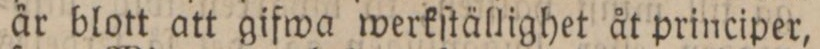
är blott att gifwa werkſtällighet åt principer,